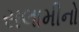
સલામીનો